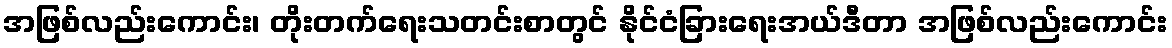
အဖြစ်လည်းကောင်း၊ တိုးတက်ရေးသတင်းစာတွင် နိုင်ငံခြားရေးအယ်ဒီတာ အဖြစ်လည်းကောင်း